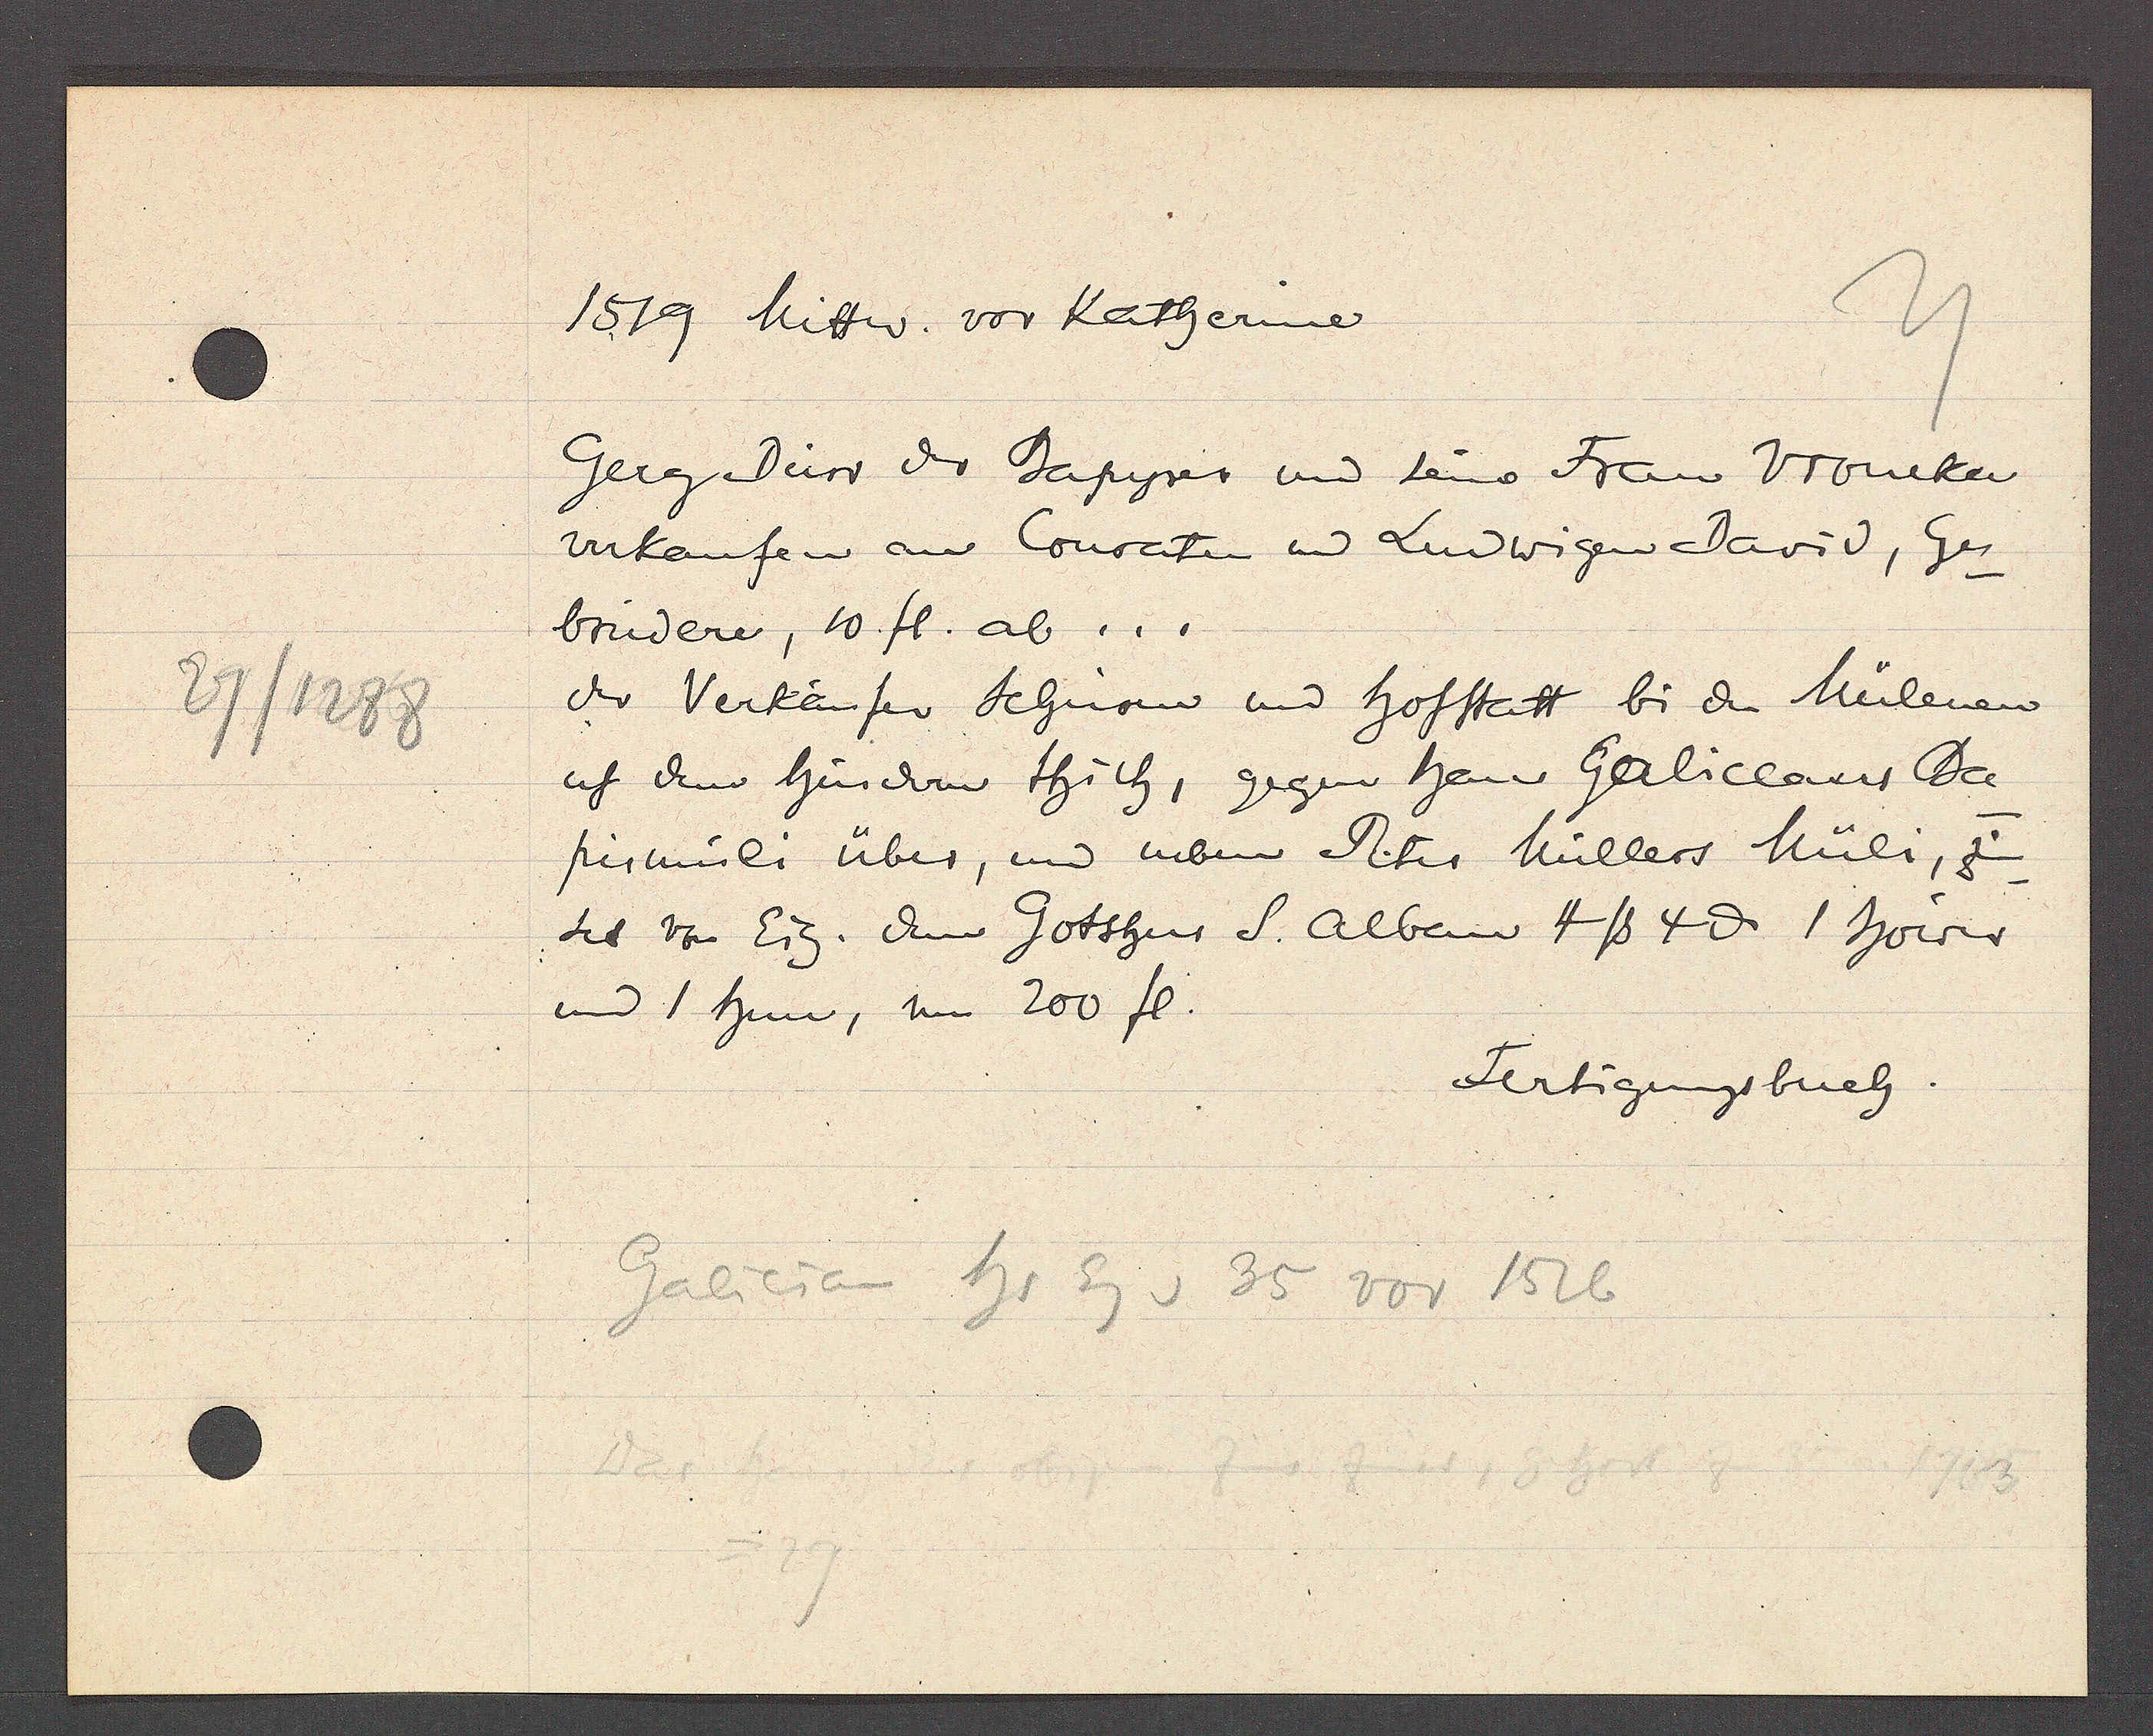
Transcript:
27/1288

1519 Mittw. vor Katherine

Gerg Dürr der Papyrer und seine Frau Vroneken
verkaufen an Conraten und Ludwigen David, Ger¬
brudere, 10 fl. ab ...
der Verkäufer Schuren und hofstatt bi den Mülenen
uf den hindern thich, gegen Hans Galiceans Pa¬
pirmüli über, und neben Peter Müllers Müli, zim¬
set von Eig. dem Gotshus S. alban 4ß 4 ȡ.1 hoiw
und 1 hun, um 200 fl.

Galicia hs Eg v 35 vor 1526

Fertigungsbuch.